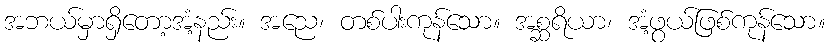
အဘယ်မှာရှိတော့အံ့နည်း။ အညေ၊ တစ်ပါးကုန်သော။ အစ္ဆရိယာ၊ အံ့ဖွယ်ဖြစ်ကုန်သော။